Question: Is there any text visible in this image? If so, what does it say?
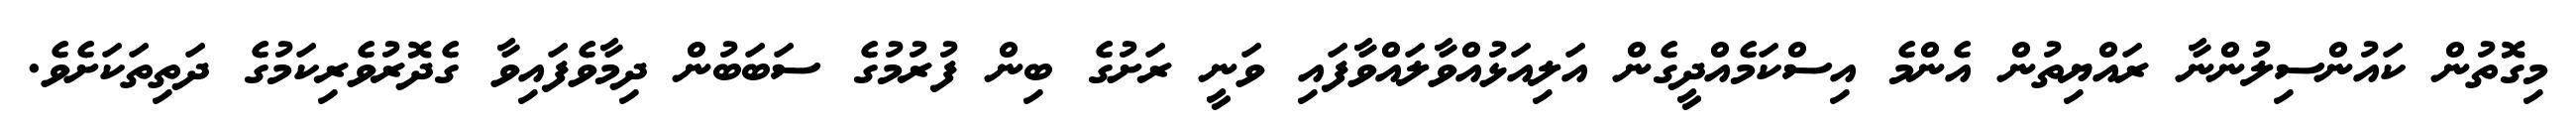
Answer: މިގޮތުން ކައުންސިލުންނާ ރައްޔިތުން އެންމެ އިސްކަމެއްދީގެން އަލިއަޅުއްވާލައްވާފައި ވަނީ ރަށުގެ ބިން ފުރުމުގެ ސަބަބުން ދިމާވެފައިވާ ގެދޮރުވެރިކަމުގެ ދަތިތަކަށެވެ.